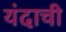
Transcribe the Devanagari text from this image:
यंदाची